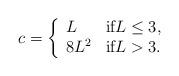
LaTeX: \begin{align*} c = \left\{ \begin{array}{ll} L & \mbox{if} L \leq 3, \\ 8L^2 & \mbox{if} L > 3. \end{array} \right.\end{align*}